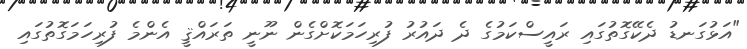
"އަޅުގަނޑު ދެކޭގޮތުގައި ރައީސްކަމުގެ ދެ ދައުރު ފުރިހަމަކޮށްގެން ނޫނީ ތަރައްޤީ އެންމެ ފުރިހަމަގޮތުގައި